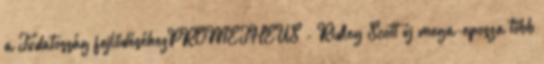
a Tudatosság fejlődéséhezPROMETHEUS - Ridley Scott új mega-eposza több